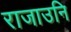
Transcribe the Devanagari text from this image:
राजाउनि